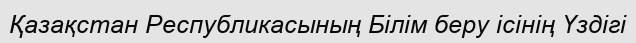
Қазақстан Республикасының Білім беру ісінің Үздігі